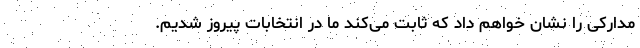
مدارکی را نشان خواهم داد که ثابت می‌کند ما در انتخابات پیروز شدیم.